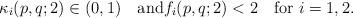
LaTeX: \begin{align*}\kappa_i(p,q; 2)\in(0,1)\quad\mbox{and}f_i(p,q; 2)<2\quad\mbox{for}\ i=1,2.\end{align*}